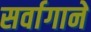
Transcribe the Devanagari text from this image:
सर्वागाने